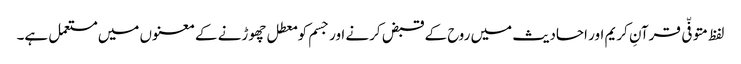
لفظ متوفّی قرآنِ کریم اور احادیث میں روح کے قبض کرنے اور جسم کو معطل چھوڑنے کے معنوں میں مستعمل ہے۔